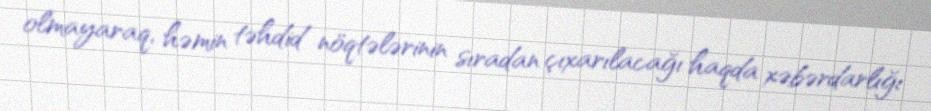
olmayaraq, həmin təhdid nöqtələrinin sıradan çıxarılacağı haqda xəbərdarlığı